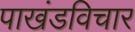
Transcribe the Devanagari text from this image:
पाखंडविचार